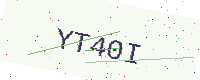
Text: YT40I